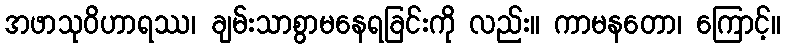
အဖာသုဝိဟာရဿ၊ ချမ်းသာစွာမနေရခြင်းကို လည်း။ ကာမနတော၊ ကြောင့်။